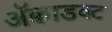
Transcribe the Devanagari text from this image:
ॲक्वाडक्ट